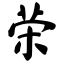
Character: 荣